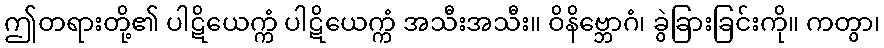
ဤတရားတို့၏ ပါဋိယေက္ကံ ပါဋိယေက္ကံ အသီးအသီး။ ဝိနိဗ္ဘောဂံ၊ ခွဲခြားခြင်းကို။ ကတွာ၊